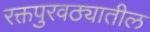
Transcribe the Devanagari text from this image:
रक्तपुरवठ्यातील